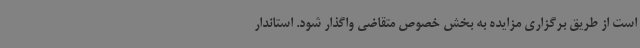
است از طریق برگزاری مزایده به بخش خصوص متقاضی واگذار شود. استاندار